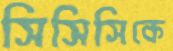
সিসিসিকে